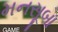
મનસૂબા